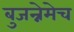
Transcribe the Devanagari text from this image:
बुजन्नेमेच